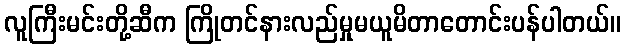
လူကြီးမင်းတို့ဆီက ကြိုတင်နားလည်မှုမယူမိတာတောင်းပန်ပါတယ်။